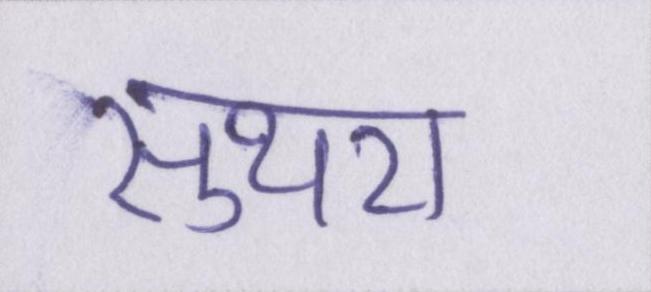
सुथरा